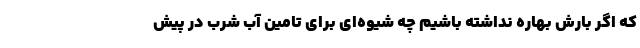
که اگر بارش بهاره نداشته باشیم چه شیوه‌ای برای تامین آب شرب در پیش